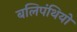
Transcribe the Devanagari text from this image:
बलिपंथियों